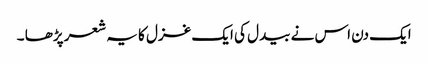
ایک دن اس نے بیدل کی ایک غزل کا یہ شعر پڑھا ۔